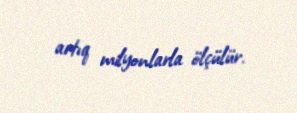
artıq milyonlarla ölçülür.